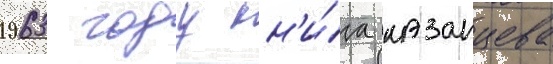
1963 году кн'и́га казанцева